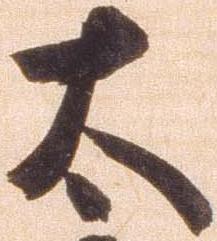
太